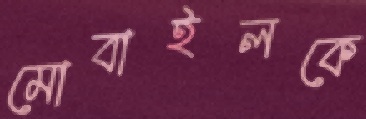
মোবাইলকে